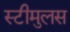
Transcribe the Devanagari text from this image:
स्टीमुलस